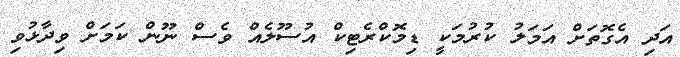
އަދި އެގޮތަށް އަމަލު ކުރުމަކީ ޑިމޮކްރެޓިކް އުސޫލެއް ވެސް ނޫން ކަމަށް ވިދާޅުވި